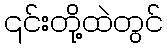
၎င်းတို့ထဲတွင်